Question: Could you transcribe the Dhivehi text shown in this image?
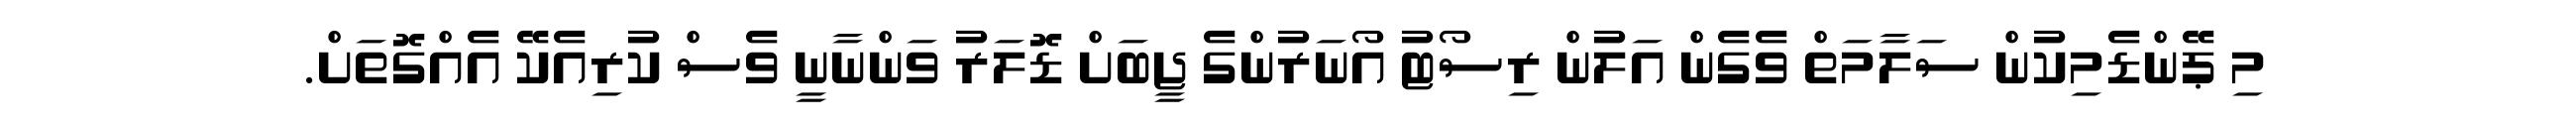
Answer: މި ޕޭންޑެމިކުން ސަލާމަތް ވެގެން އަލުން ރިސޯޓު އޯނަރުންގެ ޖީބަށް ޑޮލަރު ވަންނާނީ ވެސް ކުރިއެކޭ އެއްގޮތަށް.